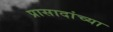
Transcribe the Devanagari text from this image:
प्रासादांच्या